Madras plague regulations in force outside the Presidency town - Volume 5
Disease focus: Plague
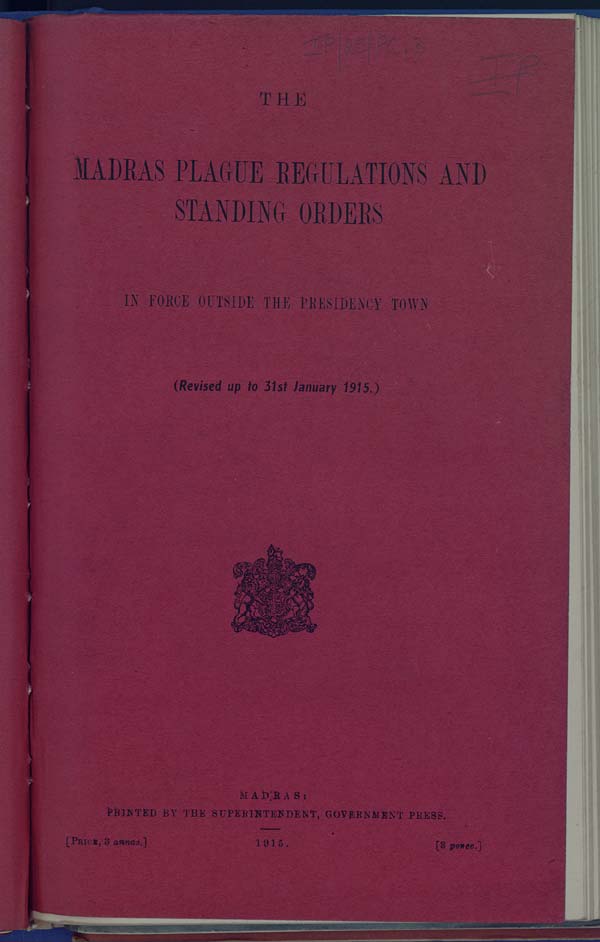
THE
MADRAS PLAGUE REGULATIONS AND
STANDING ORDERS
IN FORCE OUTSIDE THE PRESIDENCY TOWN
(Revised up to 31st January 1915.)
MADRAS:
PRINTED BY THE SUPERINTENDENT, GOVERNMENT PRESS.
[PRICE, 8 annas.] 1915. [8 pence.]